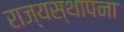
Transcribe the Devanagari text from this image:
राज्यस्थापना